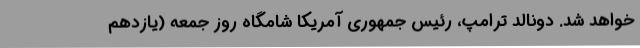
خواهد شد. دونالد ترامپ، رئیس جمهوری آمریکا شامگاه روز جمعه (یازدهم